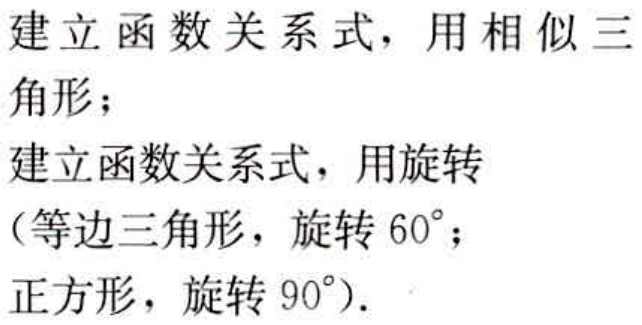
建立函数关系式，用相似三角形；
建立函数关系式，用旋转
（等边三角形，旋转$60^{\circ}$；
正方形，旋转$90^{\circ}$）.